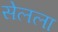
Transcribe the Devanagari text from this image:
सेलला